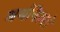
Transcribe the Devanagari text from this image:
अर्थनिरुठो